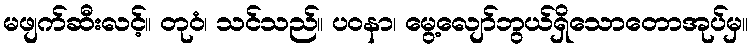
မဖျက်ဆီးလင့်။ တုဝံ၊ သင်သည်။ ပဝနာ၊ မွေ့လျော်ဘွယ်ရှိသောတောအုပ်မှ။